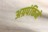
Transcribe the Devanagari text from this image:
अग्रपंक्तिमे